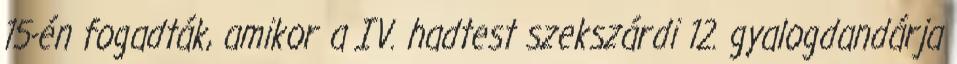
15-én fogadták, amikor a IV. hadtest szekszárdi 12. gyalogdandárja